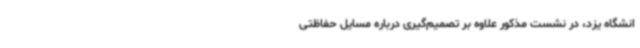
انشگاه یزد، در نشست مذکور علاوه بر تصمیم‌گیری درباره مسایل حفاظتی